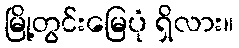
မြို့တွင်းမြေပုံ ရှိလား။